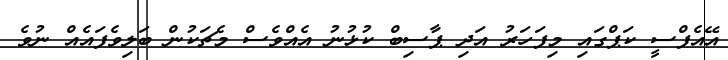
އޭއެފްސީ ކަޕްގައި މިފަހަރު އަދި ޕާސިބް ކުޅުނު އެއްވެސް މެޗަކުން ބަލިވެފައެއް ނުވެ